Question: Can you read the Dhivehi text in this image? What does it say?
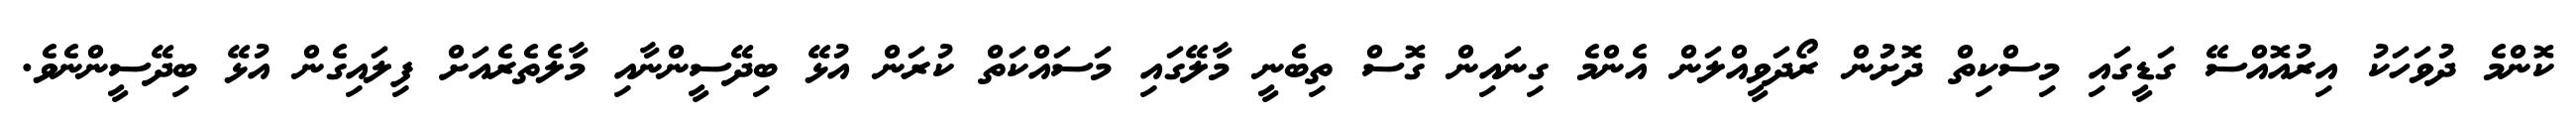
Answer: ކޮންމެ ދުވަހަކު އިރުއޮއްސޭ ގަޑީގައި މިސްކިތް ދޮށުން ރޯދަވީއްލަން އެންމެ ގިނައިން ގޮސް ތިބެނީ މާލޭގައި މަސައްކަތް ކުރަން އުޅޭ ބިދޭސީންނާއި މާލެތެރެއަށް ފިލައިގެން އުޅޭ ބިދޭސީންނެވެ.